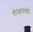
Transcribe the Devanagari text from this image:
गोरक्षनाथादि